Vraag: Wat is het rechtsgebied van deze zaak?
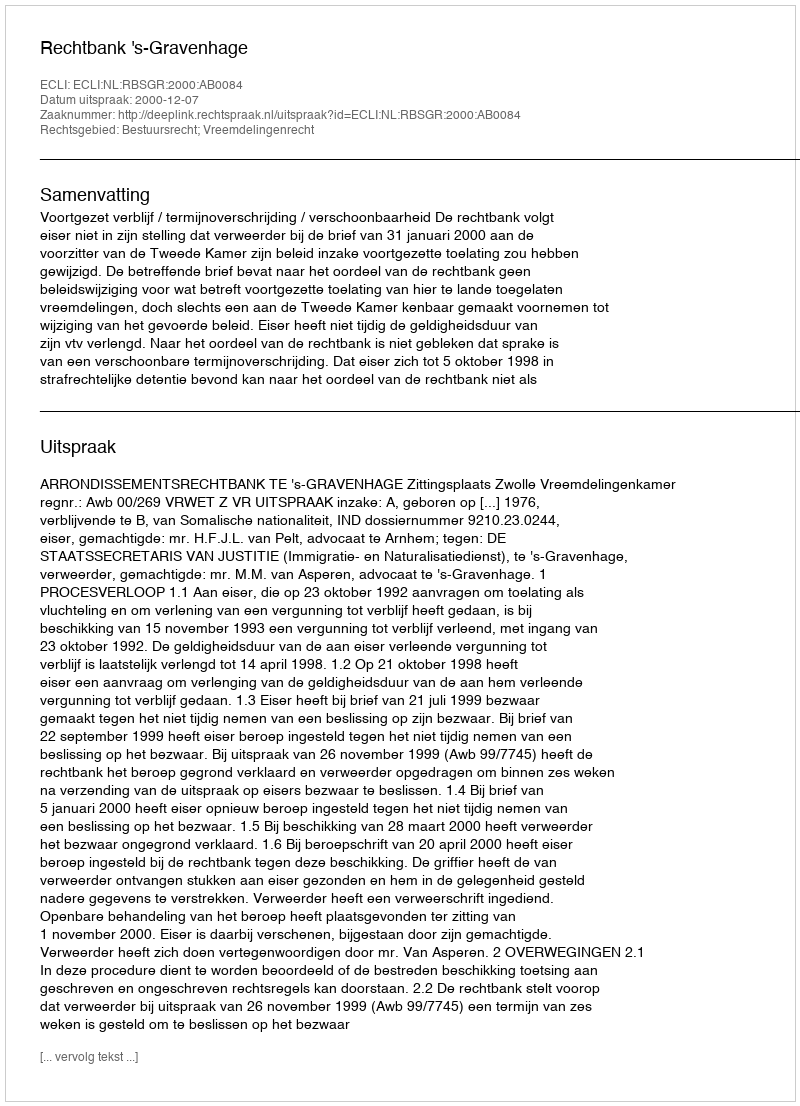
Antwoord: Bestuursrecht; Vreemdelingenrecht